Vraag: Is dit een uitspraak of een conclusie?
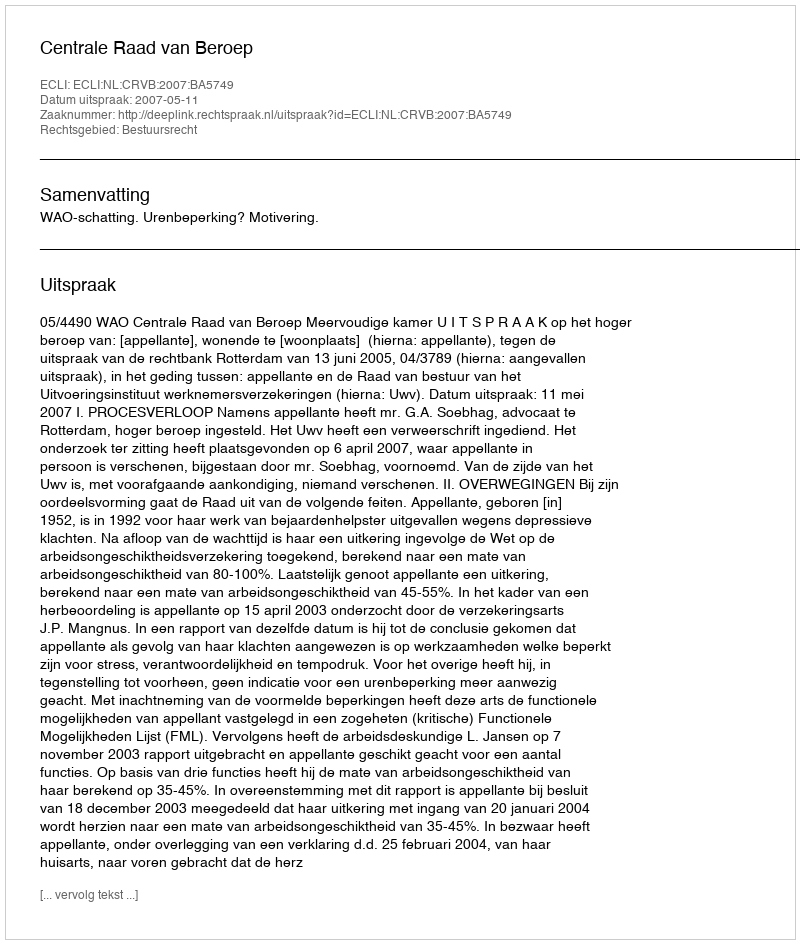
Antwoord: Uitspraak